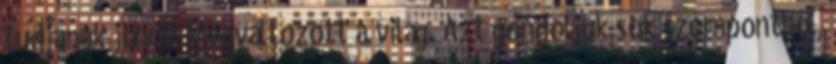
tudjanak jönni? Megváltozott a világ. Azt gondoljuk sok szempontból,